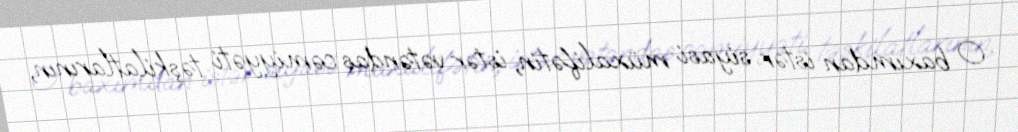
O baxımdan istər siyasi müxalifətin, istər vətəndaş cəmiyyəti təşkilatlarının,